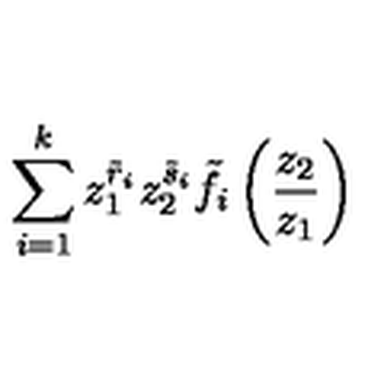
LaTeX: \sum _ { i = 1 } ^ { k } z _ { 1 } ^ { \tilde { r } _ { i } } z _ { 2 } ^ { \tilde { s } _ { i } } \tilde { f } _ { i } \left( \frac { z _ { 2 } } { z _ { 1 } } \right)